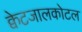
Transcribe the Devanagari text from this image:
क्वेटजालकोटल